King Institute of Preventive Medicine Micro-Biological Section reports 1909-11
Year: 1909
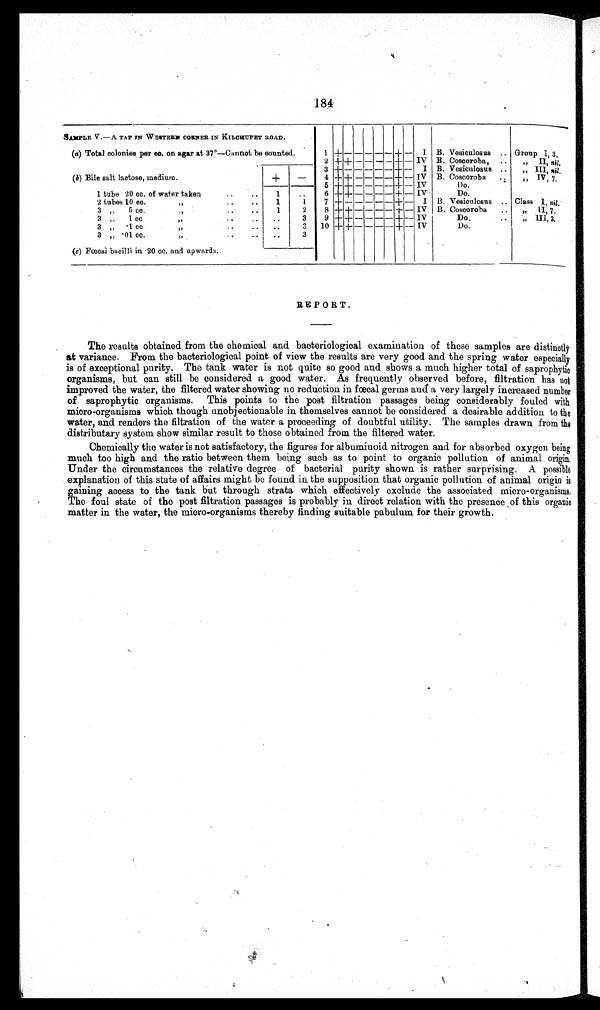
184
SAMPLEV . — A
T A P I N W E S T E R N C O R N E R . I N K I L C H U P E T R O A D .
(a) Total colonies per co. on agar at 37°—Cannot be counted.
1
+ — — — — — + — I B. Vesiculosus .. Group 1, 3.
2 + ± — — — — + + — IV B. Coscoroba, .,, II, nil.
3
+ — — — — — — + — I B. Vesiculosus .. „ III, nil.
(b) Bile salt lactose, medium.
+
— 4 + + — — — — — + —
I V B. Coscoroba. „.. IV,, 7.
5 + + — — — — + +
I V
Do.
I tube 20 co. of water taken
..
..
1
..
6 + + — — — — —
+ — IV
Do.
2 tubes 10 cc.
..
..
1
1
7 + — — — — – + — I B. Vesiculosus.. Class I, nil.
3 „
5 cc.
If
..
..
1
2
8 + + — – – – +- – IV B. Coscoroba.. „ II, 7.
3
1 c
••
••
3
9 + + — — – – + – IV
Do,„ III, 3.
„
3 „
.1. c
,7
)2
..
..
3
10 + + — — -- -- + -- IV
Do.
3 ,. • 01 cc
„ „
..
..
••
•(c) Fæcal bacilli in. 20 cc. and upwards.
REPORT
The results obtained from the chemical and bacteriological examination of these samples are distinctly
at variance. From the bacteriological point of view the results are very good and the spring water especially
is of exceptional purity. The tank water is not quite so good and shows a much higher total of saprophytic
organisms, but can still be considered a good water. As frequently observed before, filtration has not
improved the water, the filtered water showing no reduction in foecal germs and a very largely increased number
of saprophytic organisms. This points to the post filtration passages being considerably fouled with
micro-organisms which though unobjectionable in themselves cannot be considered a desirable addition to the
water, and. renders the filtration of the water a proceeding of doubtful utility. The samples drawn from the
distributary system show similar result to those obtained from the filtered water.
Chemically the water is not satisfactory, the figures for albuminoid nitrogen and for absorbed oxygen being
much too high and the ratio between them being such as to point to organic pollution of animal origin.
Under the circumstances the relative degree of bacterial purity shown is rather surprising. A. possible
explanation of this state of affairs might be found in the supposition that organic pollution of animal origin is
gaining access to the tank but through strata which effectively exclude the associated micro-organisms.
The foul state of the post filtration passages is probably in direct relation with the presence of this organic
matter in the water, the micro-organisms thereby finding suitable pabulum for their growth.